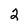
Character: 2